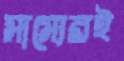
সাম্যেরই